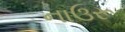
નાઉરૂ